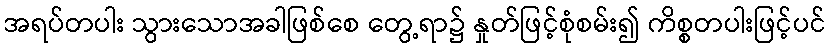
အရပ်တပါး သွားသောအခါဖြစ်စေ တွေ့ရာ၌ နှုတ်ဖြင့်စုံစမ်း၍ ကိစ္စတပါးဖြင့်ပင်